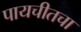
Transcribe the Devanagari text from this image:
पायचीतचा